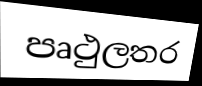
පෘථුලතර